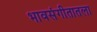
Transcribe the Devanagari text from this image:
भावसंगीतातला